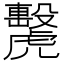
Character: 𧈗